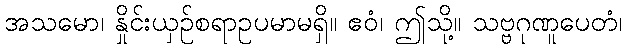
အသမော၊ နှိုင်းယှဉ်စရာဥပမာမရှိ။ ဧဝံ၊ ဤသို့။ သဗ္ဗဂုဏူပေတံ၊